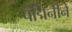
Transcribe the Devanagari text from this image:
पद्मिनीने